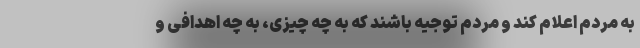
به مردم اعلام کند و مردم توجیه باشند که به چه چیزی، به چه اهدافی و